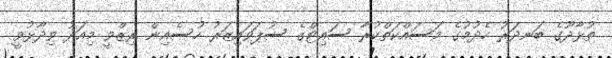
ތުޅާދޫގެ ބަނދަރު ހެދުމުގެ މަސައްކަތްކުރާ ސައިޓްގެ ސުޕަވައިޒަރު ހުސެއިން ރިޒްވީ މިއަދު ވިދާޅުވީ